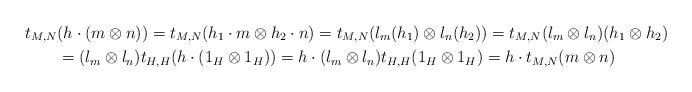
LaTeX: \begin{align*}t_{M,N}&(h\cdot(m\otimes n))=t_{M,N}(h_{1}\cdot m\otimes h_{2}\cdot n)=t_{M,N}(l_{m}(h_{1})\otimes l_{n}(h_{2}))=t_{M,N}(l_{m}\otimes l_{n})(h_{1}\otimes h_{2})\\&=(l_{m}\otimes l_{n})t_{H,H}(h\cdot(1_{H}\otimes 1_{H}))=h\cdot(l_{m}\otimes l_{n})t_{H,H}(1_{H}\otimes 1_{H})=h\cdot t_{M,N}(m\otimes n)\end{align*}